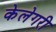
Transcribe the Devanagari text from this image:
केलेगरी